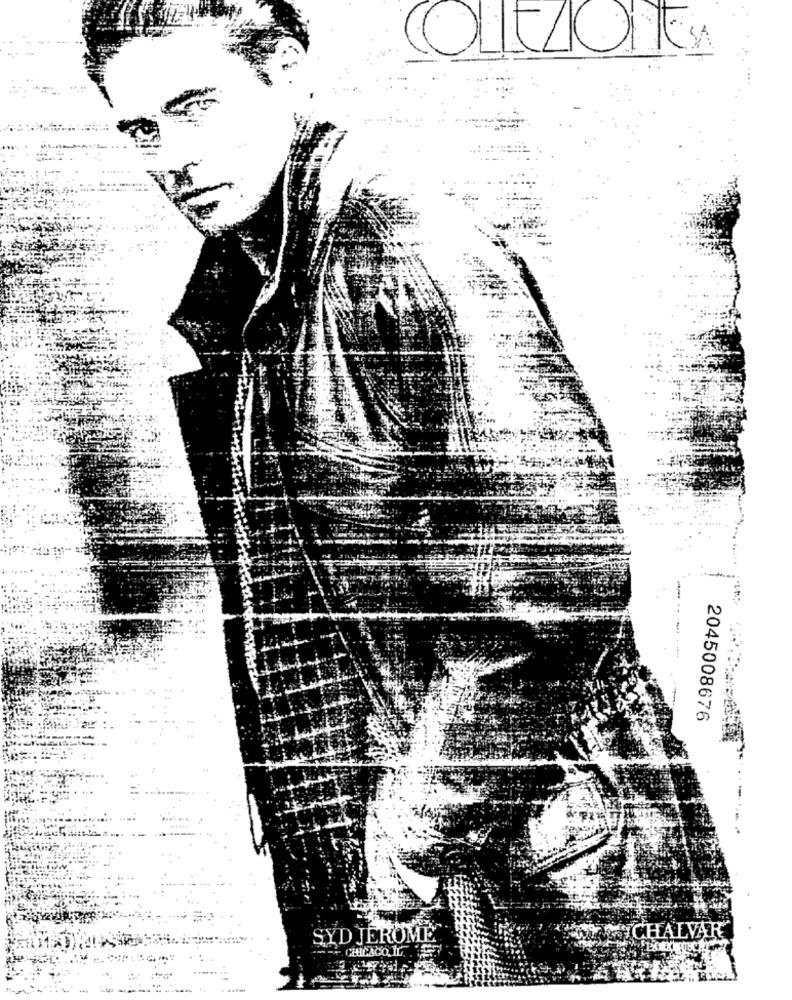
2045008676
CHALVAR
SYD JEROME
CHICAGO, IL.